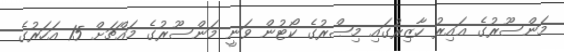
މަންސޫރުގެ ޣައިރު ހާޒިރުގައި މިޞްރުގެ ކޯޓުން ވަނީ މަންސޫރުގެ މައްޗަށް 15 އަހަރުގެ